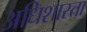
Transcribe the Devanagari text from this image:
अधिशास्ता